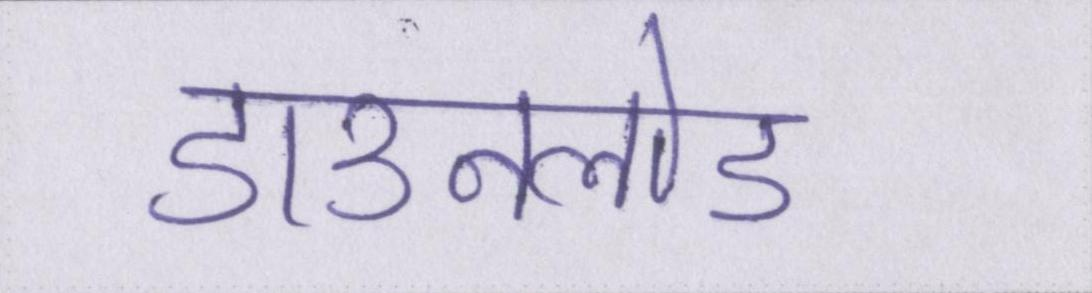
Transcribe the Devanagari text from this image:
डाउनलोड